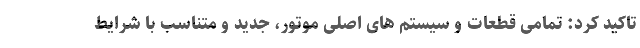
تاكيد كرد: تمامی قطعات و سیستم های اصلی موتور، جدید و متناسب با شرایط